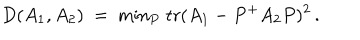
D ( A _ { 1 } , A _ { 2 } ) ~ = ~ \mathrm { m i n } _ { P } \; \mathrm { t r } ( A _ { 1 } - P ^ { + } A _ { 2 } P ) ^ { 2 } \, .